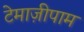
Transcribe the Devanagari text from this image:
टेमाज़ीपाम